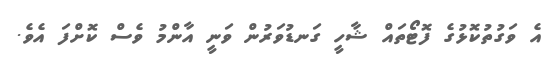
އެ ވަގުތުކޮޅުގެ ފޮޓޯތައް ޝާހީ ގަނޑުވަރުން ވަނީ އާންމު ވެސް ކޮށްފަ އެވެ.